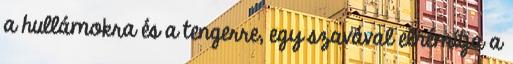
a hullámokra és a tengerre, egy szavával elnémítja a